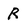
Character: R